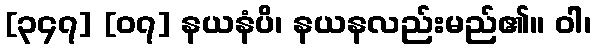
[၃၄၇] [၀၇] နယနံပိ၊ နယနလည်းမည်၏။ ဝါ၊